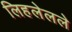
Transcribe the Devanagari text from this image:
लिहलेलले